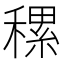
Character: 𥡜